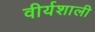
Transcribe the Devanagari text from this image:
वीर्यशाली